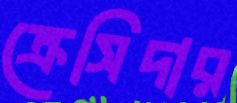
ক্রেসিদার